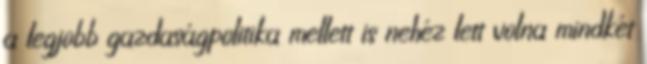
a legjobb gazdaságpolitika mellett is nehéz lett volna mindkét